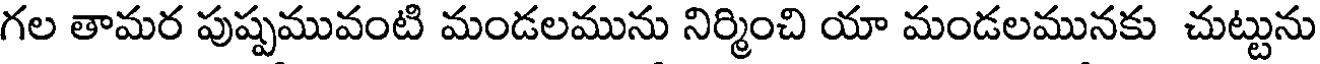
గల తామర పుష్పమువంటి మండలమును నిర్మించి యా మండలమునకు చుట్టును